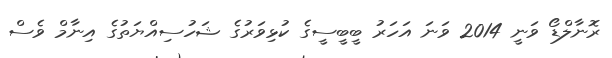
ރޮނާލްޑޯ ވަނީ 2014 ވަނަ އަހަރު ބީބީސީގެ ކުޅިވަރުގެ ޝަހުސިއްޔަތުގެ އިނާމް ވެސް